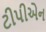
ટીપીએન